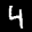
Label: 4